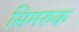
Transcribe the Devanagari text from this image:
सिमरुक